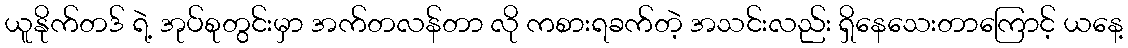
ယူနိုက်တဒ် ရဲ့ အုပ်စုတွင်းမှာ အက်တလန်တာ လို ကစားရခက်တဲ့ အသင်းလည်း ရှိနေသေးတာကြောင့် ယနေ့